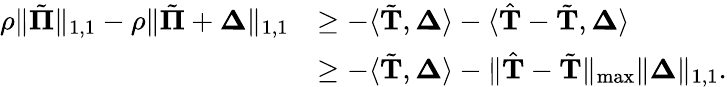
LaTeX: \begin{array}{rl}{\rho\| \tilde{\boldsymbol{\Pi}}\| _{1,1}-\rho\| \tilde{\boldsymbol{\Pi}}+\boldsymbol{\Delta}\| _{1,1}}&{\geq-\langle\tilde{\mathbf{T}},\boldsymbol{\Delta}\rangle-\langle\hat{\mathbf{T}}-\tilde{\mathbf{T}},\boldsymbol{\Delta}\rangle}\\ &{\geq-\langle\tilde{\mathbf{T}},\boldsymbol{\Delta}\rangle-\| \hat{\mathbf{T}}-\tilde{\mathbf{T}}\| _{\operatorname*{max}}\| \boldsymbol{\Delta}\| _{1,1}.}\end{array}